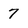
Character: 7